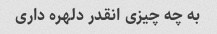
به چه چیزی انقدر دلهره داری